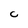
Character: C